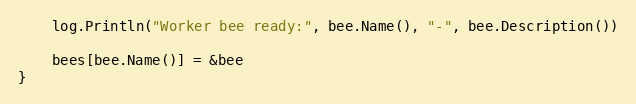
Language: Go
	log.Println("Worker bee ready:", bee.Name(), "-", bee.Description())

	bees[bee.Name()] = &bee
}